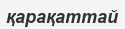
қарақаттай